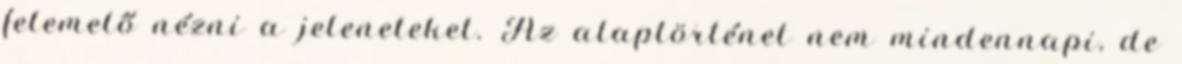
felemelő nézni a jeleneteket. Az alaptörténet nem mindennapi, de